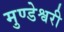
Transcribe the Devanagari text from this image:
मुण्डेश्वरी